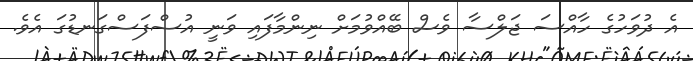
އެ ދުވަހުގެ ހާއްސަ ޖަލްސާ ވެސް ބޭއްވުމަށް ނިންމާފައި ވަނީ އުސްފަސްގަނޑުގަ އެވެ.